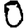
Digit: 0